Report of the King Institute of Preventive Medicine, Guindy
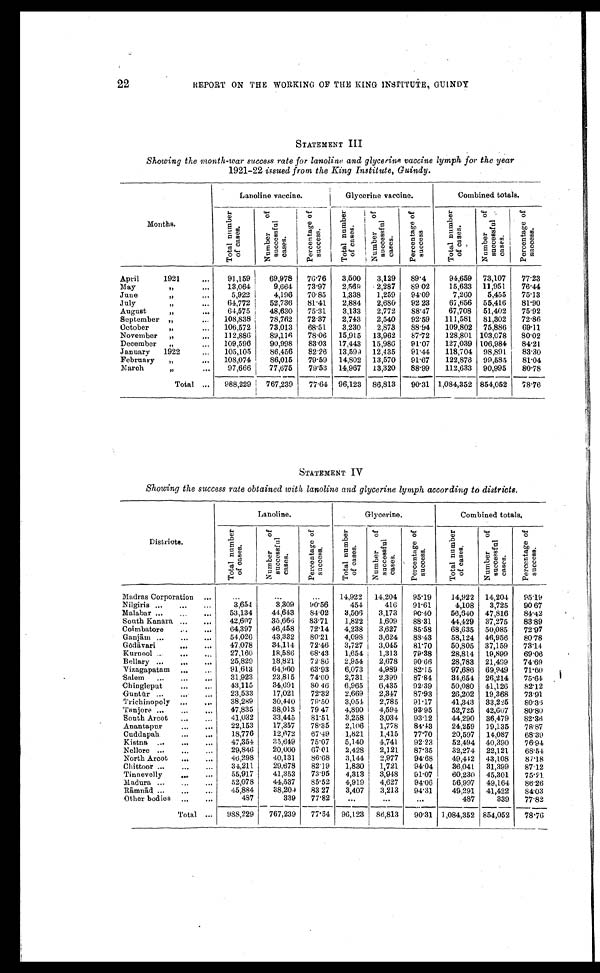
REPORT ON THE WORKING OF THE KING INSTITUTE, GUINDY
STATEMENT III
Showing the month-war success rate for lanoline and glycerine vaccine lymph for the year
1921-22 issued from the King Institute, Guindy.
Months.
Lanoline vaccine.
Glycerine vaccine.
Combined totals.
T o t a l n u m b e r o f c a s e s .
N u m b e r o f s u c c e s s f u l c a s e s ,
P e r c e n t a g e o f s u c c e s s .
T o t a l n u m b e r o f c a s e s .
N u m b e r o f s u c c e s s f u l c a s e s .
P e r c e n t a g e o f s u c c e s s .
T o t a l n u m b e r o f c a s e s .
N u m b e r o f s u c c e s s f u l c a s e s .
P e r c e n t a g e o f s u c c e s s .
April
1921 . . .
91,159
69,978
76.76
3,500
3,129
89.4
94,659 73,107
77.23
May
" . . .
13,064
9,664
73.97
2,569
2,287
89.02
15,633
11,951
76.44
June " . . .
5,922
4,196
70.85
1,338
1,259
94.09
7,260
5,455
75.13
July " . . .
64,772
52,736
81.41
2,884
2,680
92.23
67,656
55,416
81.90
August " . . .
64,575
48,630
75.31
3,133
2,772
88.47
67,708
51,402
75.92
September " . . .
108,838
78,762
72.37
2,743
2,540
92.59
111,581
81,302
72.86
October " . . .
106,572
73,013
68.51
3,230
2,873
88.94
109,802
75,886
69.11
November " . . .
112,886
89,116
78.06
15,915
13,962
87.72
128,801 103,078
80.02
December " . . .
109,596
90,998
83.03
17,443
15,986
91.07
127,039 106,984
84.21
January
1922 . . .
105,105
86,456
82.26
13,599 12,435
91.44
118,704
98.891
83.30
February " . . .
108,074
86,015
79.59
14,802
13,570
91.67
122,876
99,585
81.04
March " . . .
97,666
77,675
79.53
14,967
13,320
88..99
112,633
90,995
80.78
Total . . .
988,229
767,239
77.64 96,123
86,813
90.31 1,084,352
8 5 4 , 0 5 2
7 8 . 7 6
STATEMENT IV
Showing the success rate obtained with lanoline and glycerine lymph according to districts.
Districts.
Lanoline.
Glycerine.
Combined totals,
T o t a l n u m b e r o f c a s e s .
N u m b e r o f s u c c e s s f u l c a s e s .
P e r c e n t a g e o f s u c c e s s .
T o t a l n u m b e r o f c a s e s .
N u m b e r o f s u c c e s s f u l c a s e s .
P e r c e n t a g e o f s u c c e s s .
T o t a l n u m b e r o f c a s e s . N u m b e r o f s u c c e s s f u l c a s e s .
P e r c e n t a g e o f s u c c e s s .
Madras Corporation . . .
. . .
. . .
. . .
14,922
14,204
95.19
14,922 14,204
95.19
Nilgiris . . .
3,654
3,309
90.56
454
416
91.61
4,108
3,725
90.67
Malabar . . .
53,134
44,643
84.02
3,506
3,173
90.40
56,640
47,816
84.42
South Kanara . . .
42,607
35,665
83.71
1,822
1,609
88.31
44,429
37,275
83.89
Coimbatore . . .
64,397
46,458
72.14
4,238
3,627
85.58
68,635
50,085
72.97
Ganjām . . .
54,026
43,332
80.21
4,098
3,624
88.43
58,124 46,956
80.78
Gō dāvari . . .
47,078
34,114
72.46
3,727
3,045
81.70
50,805
37,159
73.14
Kurnool . . .
27,160
18,586
68.43
1,654
1,313
79.38
28,814
19,899
69.06
Bellary . . .
25,829
18,821
72.86
2,954
2,678
90.66
28,783
21,499
74.69
Vizagapatam . . .
91,613
64,960
63.93
6,073
4,989
82.15
97,686
69,949
71.60
Salem . . .
31,923
23,815
74.60
2,731
2,399
87.84
34,654
26,214
75.64
Chingleput . . .
43,115
34,691
80.46
6,965
6,435
92.39
50,080
41,126
82.12
Guntū r . . .
23,533
17,021
72.32
2,669
2,347
87.93
26,202
19,368
73.91
Trichinopoly . . .
38,289
30,440
79.50
3,054
2,785
91.17
41,343
33,225
80.36
'Tanjore . . .
47,835
38,013
79.47
4,890
4,594
93.95
52,725
42,607
80.80
South Arcot . . .
41,032
33,445
81.51
3,258
3,034
93.12
44,290
36,479
82.36
Anantapur . . .
22,153
17,357
78.35
2,106
1,778
84.43
24,259
19,135
78.87
Cuddapah . . .
18,776
12,672
67.49
1,821
1,415
77.70
20,597
14,087
68.39
Kistna . . .
47,351
35,649
75.07
5,140
4,741
92.23
52,494 40,390
76.94
Nellore . . .
29,846
20,000
67.01
2,428
2,121
87.35
32,274
22,121
68.54
North Arcot . . .
46,298
40,131
86.68
3,144
2,977
94.68
49,442
43,108
87.18
Chittoor . . .
34,211
29,678
82.19
1,830
1,721
94.04
36,041 31,399
87.12
Tinnevelly . . .
55,917
41,353
73.95
4,313
3,948
91.07
60,230
45,301
75.21
Madura . . .
52,078
44,537
85.52
4,919
4,627
94.06
56,997
49,164
86.26
R
ā m n
ā d . . .
45,884
38,209
83.27
3,407
3,213
94.31
49,291
41,422
84.03
Other bodies . . .
487
339
77.82
. . .
. . .
. . .
487
339
77.82
Total . . .
988,229
767,239
77.64
96,123
86,813
90.31 1,084,352 854,052
78.76
22